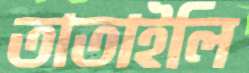
তাতাইলি